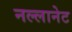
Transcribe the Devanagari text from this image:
नल्लानेट